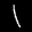
Label: 1